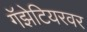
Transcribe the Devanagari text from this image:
गॅझेटियरवर